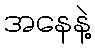
အနေနဲ့